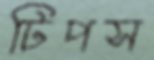
টিপস